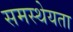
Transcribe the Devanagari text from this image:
समस्थेयता